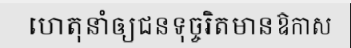
ហេតុនាំឲ្យជនទុច្ចរិតមានឱកាស